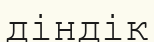
діндік